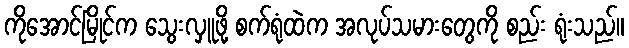
ကိုအောင်မြိုင်က သွေးလှူဖို့ စက်ရုံထဲက အလုပ်သမားတွေကို စည်း ရုံးသည်။